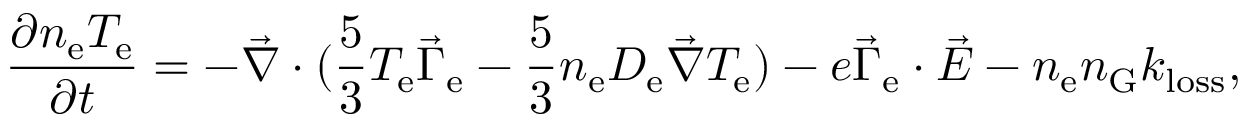
\frac { \partial n _ { \mathrm { e } } T _ { \mathrm { e } } } { \partial t } = - \vec { \nabla } \cdot ( \frac { 5 } { 3 } T _ { \mathrm { e } } \vec { \Gamma } _ { \mathrm { e } } - \frac { 5 } { 3 } n _ { \mathrm { e } } D _ { \mathrm { e } } \vec { \nabla } T _ { \mathrm { e } } ) - e \vec { \Gamma } _ { \mathrm { e } } \cdot \vec { E } - n _ { \mathrm { e } } n _ { \mathrm { G } } k _ { \mathrm { l o s s } } ,